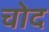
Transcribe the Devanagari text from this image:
चोद